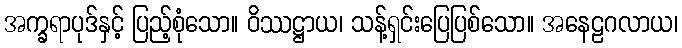
အက္ခရာပုဒ်နှင့် ပြည့်စုံသော။ ဝိဿဋ္ဌာယ၊ သန့်ရှင်းပြေပြစ်သော။ အနေဠဂလာယ၊